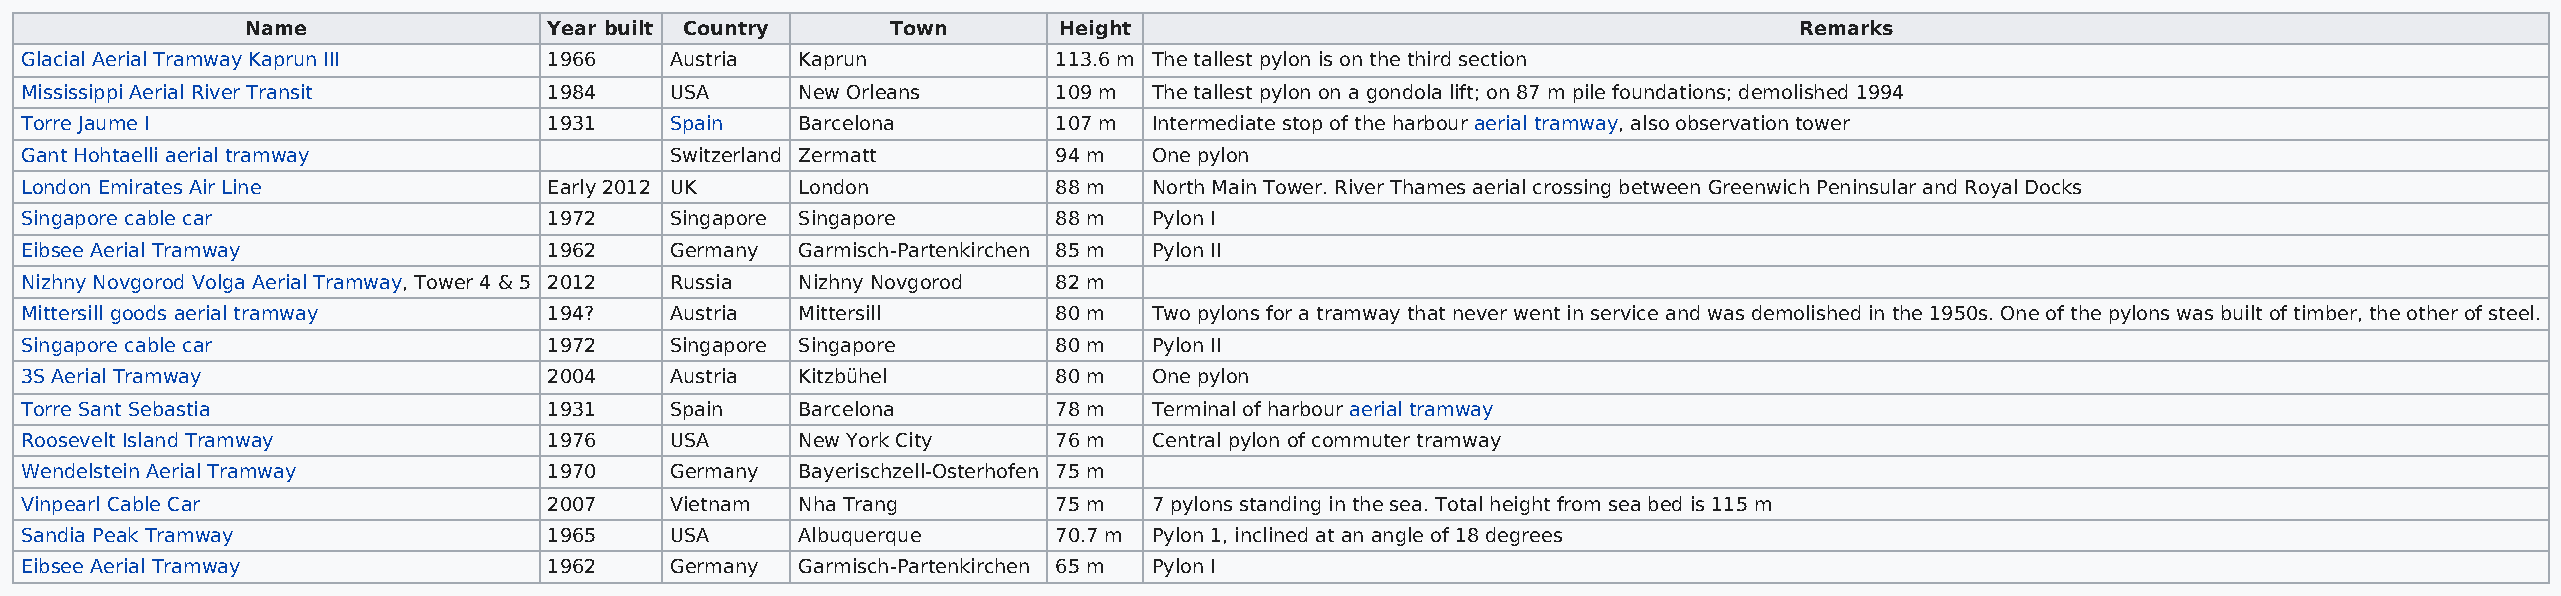
Name                Year built Country     Town       Height                                           Remarks
 Glacial Aerial Tramway Kaprun III  1966    Austria  Kaprun           113.6 m The tallest pylon is on the third section
 Mississippi Aerial River Transit   1984    USA      New Orleans      109 m The tallest pylon on a gondola lift; on 87 m pile foundations; demolished 1994
 Torre Jaume I                      1931    Spain    Barcelona        107 m Intermediate stop of the harbour aerial tramway, also observation tower
 Gant Hohtaelli aerial tramway              Switzerland Zermatt       94 m  One pylon
 London Emirates Air Line           Early 2012 UK    London           88 m  North Main Tower. River Thames aerial crossing between Greenwich Peninsular and Royal Docks
 Singapore cable car                1972    Singapore Singapore       88 m  Pylon I
 Eibsee Aerial Tramway              1962    Germany  Garmisch-Partenkirchen 85 m Pylon II
 Nizhny Novgorod Volga Aerial Tramway, Tower 4 & 5 2012 Russia Nizhny Novgorod 82 m
 Mittersill goods aerial tramway    194?    Austria  Mittersill       80 m  Two pylons for a tramway that never went in service and was demolished in the 1950s. One of the pylons was built of timber, the other of steel.
 Singapore cable car                1972    Singapore Singapore       80 m  Pylon II
 3S Aerial Tramway                  2004    Austria  Kitzbühel        80 m  One pylon
 Torre Sant Sebastia                1931    Spain    Barcelona        78 m  Terminal of harbour aerial tramway
 Roosevelt Island Tramway           1976    USA      New York City    76 m  Central pylon of commuter tramway
 Wendelstein Aerial Tramway         1970    Germany  Bayerischzell-Osterhofen 75 m
 Vinpearl Cable Car                 2007    Vietnam  Nha Trang        75 m  7 pylons standing in the sea. Total height from sea bed is 115 m
 Sandia Peak Tramway                1965    USA      Albuquerque      70.7 m Pylon 1, inclined at an angle of 18 degrees
 Eibsee Aerial Tramway              1962    Germany  Garmisch-Partenkirchen 65 m Pylon I